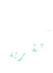
للبشرية